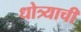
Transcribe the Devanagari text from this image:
धोत्र्याची